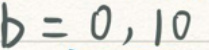
$b = 0,10$